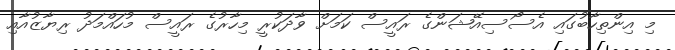
މި އިންތިހާބުގައި އެސޯސިއޭޝަންގެ ރައީސް ކަމަށް ވާދަކުރީ މިހާރުގެ ރައީސް މުހައްމަދު ރިޔާޒުއާއި